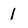
Character: 1